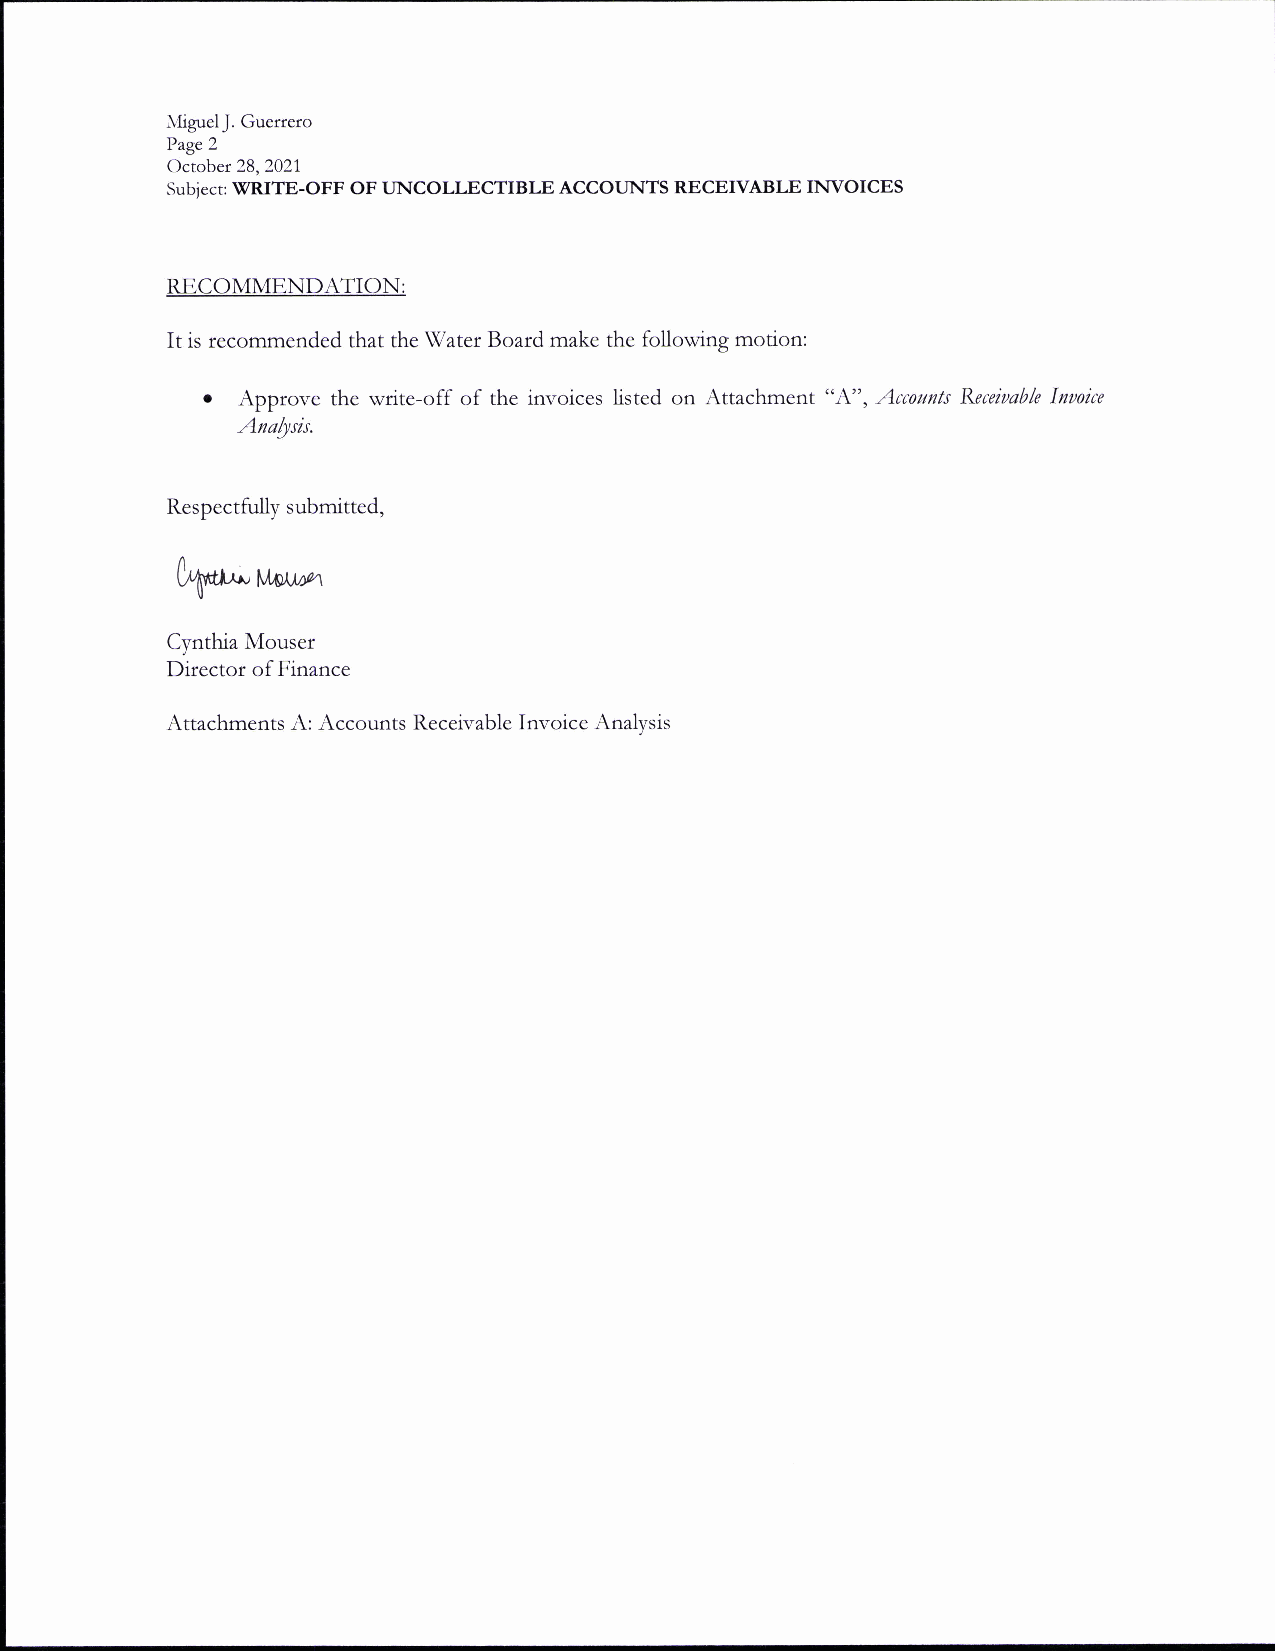
MiguelJ. Guerrero
 Page 2
 October 28,2021
 Subiect: WRITE-OFF OF UNCOLLECTIBLE ACCOLINTS RECEMBLE IIrIVOICES
 RECOMMENDATION:
 It is recommended that the W'ater Board make the following motion:
 .
 Approve the write-off of the invoices listed on Attachment "A", Accnuilts Reaiaable Inaoice
 Analysis.
 Respectfully submitted,
 hr-  vnilM
 Cynthia Mouser
 Director of Finance
 Attachments A: Accounts Receivable Invoice Analysis